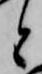
と